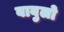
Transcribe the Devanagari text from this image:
बाबुलो